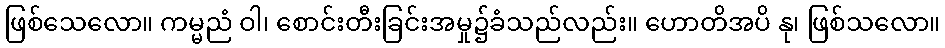
ဖြစ်သေလော။ ကမ္မညံ ဝါ၊ စောင်းတီးခြင်းအမှု၌ခံသည်လည်း။ ဟောတိအပိ နု၊ ဖြစ်သလော။